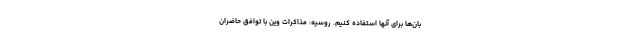
بان‌ها برای آنها استفاده کنیم. روسیه: مذاکرات وین با توافق حاضران